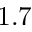
1 . 7